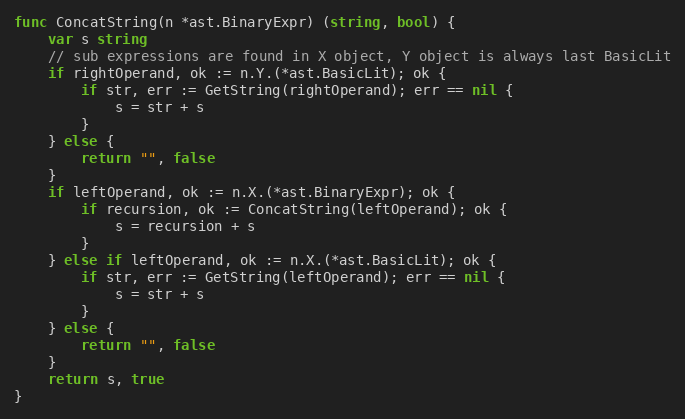
Language: Go
func ConcatString(n *ast.BinaryExpr) (string, bool) {
	var s string
	// sub expressions are found in X object, Y object is always last BasicLit
	if rightOperand, ok := n.Y.(*ast.BasicLit); ok {
		if str, err := GetString(rightOperand); err == nil {
			s = str + s
		}
	} else {
		return "", false
	}
	if leftOperand, ok := n.X.(*ast.BinaryExpr); ok {
		if recursion, ok := ConcatString(leftOperand); ok {
			s = recursion + s
		}
	} else if leftOperand, ok := n.X.(*ast.BasicLit); ok {
		if str, err := GetString(leftOperand); err == nil {
			s = str + s
		}
	} else {
		return "", false
	}
	return s, true
}